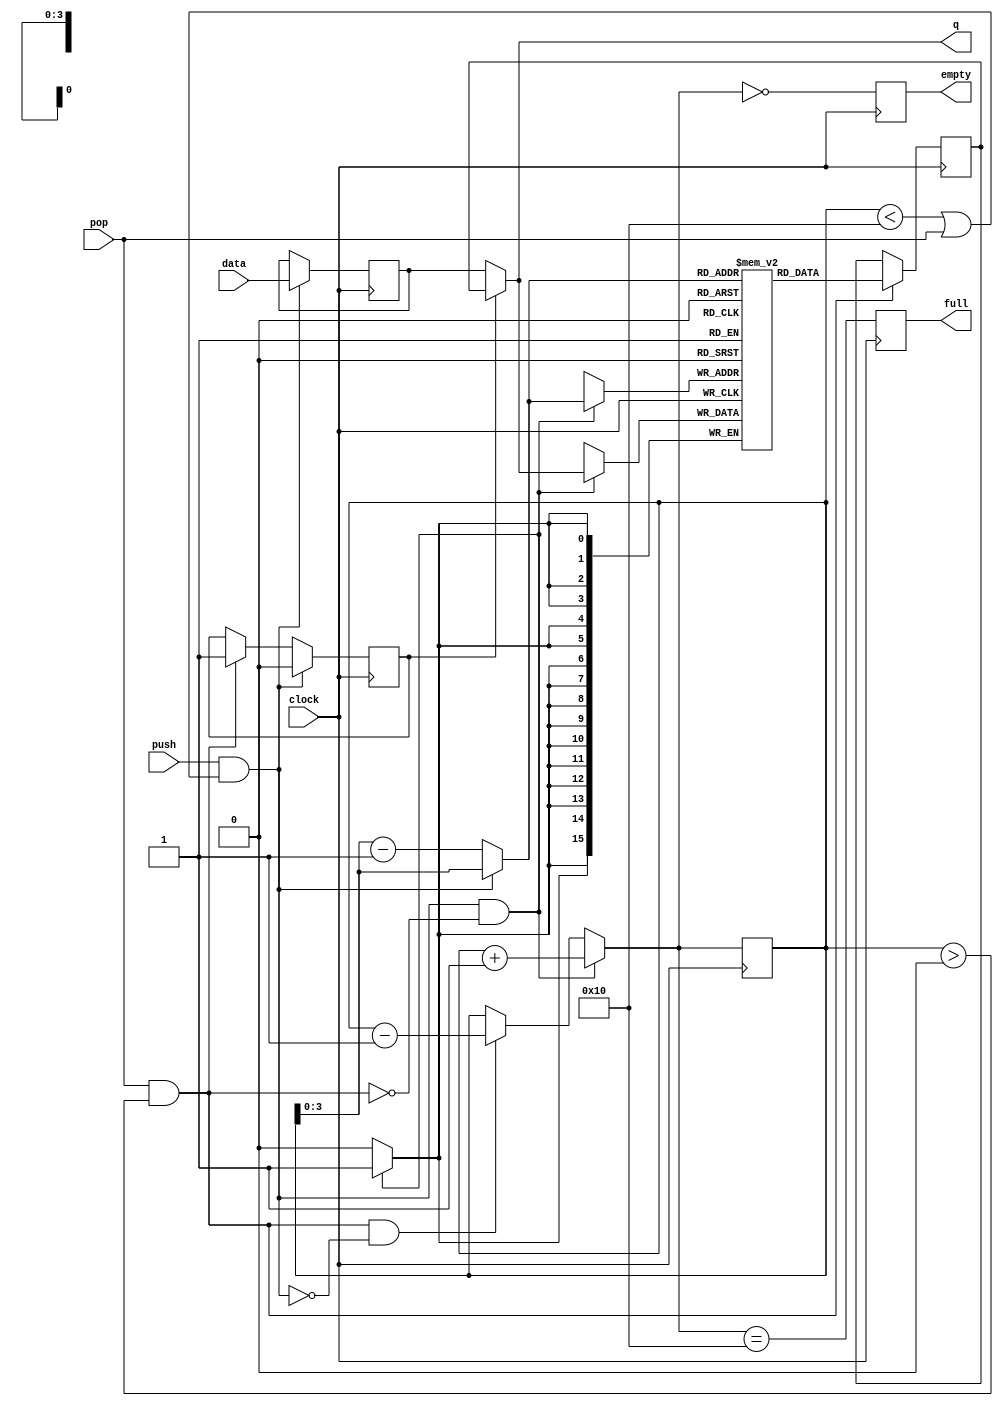
module LIFOBlock #(parameter depth = 16, log2_depth = 4, log2_depthp1 = 5)
(
	input[15:0] data,
	input clock, push, pop,

	output reg empty, full,
	output [15:0] q

);


reg [log2_depthp1-1:0] count;

wire writing = push && ( count < depth || pop);
wire reading = pop && count > 0;

reg[log2_depthp1-1:0] next_count;

always @(*)
	if (writing && !reading)
		next_count = count+1;
	else if (reading && !writing)
		next_count = count-1;
	else
		next_count = count;

always @(posedge clock)
	count <= next_count;

always @(posedge clock)
	full <= next_count == depth;
	
always @(posedge clock)
	empty <= next_count == 0;
	

wire[5:0] stackPointer = writing ? count[log2_depth-1:0] : (count[log2_depth-1:0])-1;

reg [15:0] stack[depth-1:0];

always @(posedge clock)
	if (writing && !reading)
		stack[stackPointer] <= q;

reg[15:0] reader;
always @(posedge clock)
	if(reading)
		reader <= stack[stackPointer];

	
reg [15:0] writer;
always @(posedge clock)
	if(writing)
		writer <= data;

reg muxSelector;
always @(posedge clock)
	if(writing)
		muxSelector <= 0;
	else if (reading)
		muxSelector <= 1;
		
assign q = muxSelector ? reader : writer;
	
endmodule